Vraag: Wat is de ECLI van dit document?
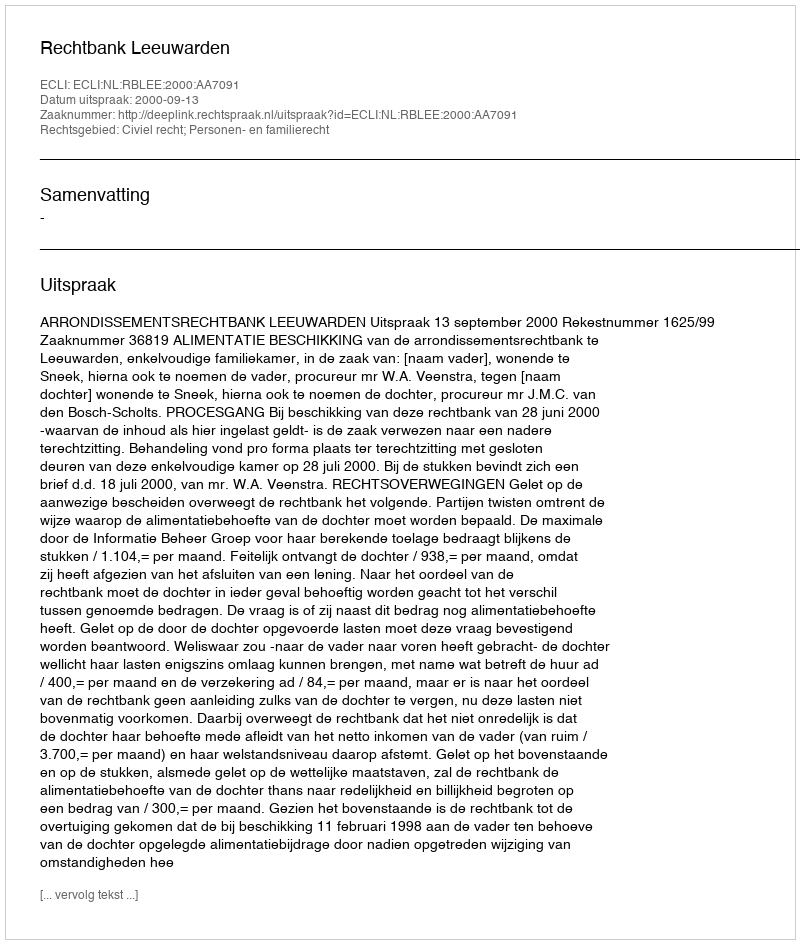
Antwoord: ECLI:NL:RBLEE:2000:AA7091